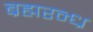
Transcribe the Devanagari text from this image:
ब्रह्मरन्ध्र